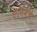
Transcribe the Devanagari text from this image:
ऍनिमेचे